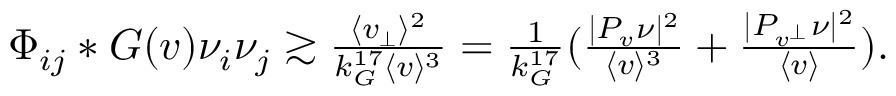
\begin{array} { r } { \Phi _ { i j } * G ( v ) \nu _ { i } \nu _ { j } \gtrsim \frac { \langle v _ { \perp } \rangle ^ { 2 } } { k _ { G } ^ { 1 7 } \langle v \rangle ^ { 3 } } = \frac { 1 } { k _ { G } ^ { 1 7 } } ( \frac { | P _ { v } \nu | ^ { 2 } } { \langle v \rangle ^ { 3 } } + \frac { | P _ { v ^ { \perp } } \nu | ^ { 2 } } { \langle v \rangle } ) . } \end{array}